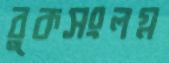
বুকসংলগ্ন